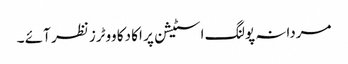
مردانہ پولنگ اسٹیشن پر اکا دکا ووٹرز نظر آئے ۔